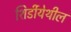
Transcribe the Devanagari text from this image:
शिर्डीयेथील